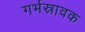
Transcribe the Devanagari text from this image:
गर्भस्रावक